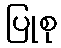
ပြုစု